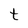
Character: t